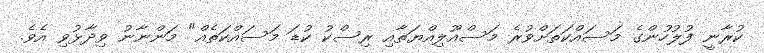
ކުރާނީ ފުލުހުންގެ މަސައްކަތަށްވުރެ މަސްއޫލިއްޔަތާއި ރިސްކު ކުޑަ މަސައްކަތެއް" މަންނާނު ވިދާޅުވި އެވެ.